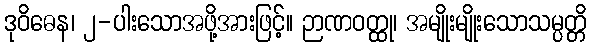
ဒုဝိဓေန၊ ၂-ပါးသောအဖို့အားဖြင့်။ ဉာဏဝတ္ထု၊ အမျိုးမျိုးသောသမ္ပတ္တိ